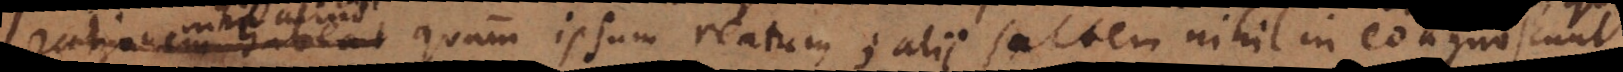
aliud quam ipsum reatum; alii saltem nihil in eo agnoscunt